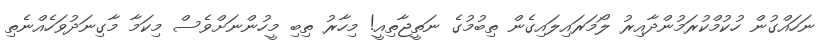
ނަހައްގުން ހުކުމްކުރަމުންދާއިރު ލޯމަރައިލައިގެން ތިބުމުގެ ނަތީޖާތިއީ! މިހާރު ތިބި މީހުންނަށްވެސް މިކަމާ މާގިނަދުވަހެއްނެތި